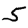
Digit: 5